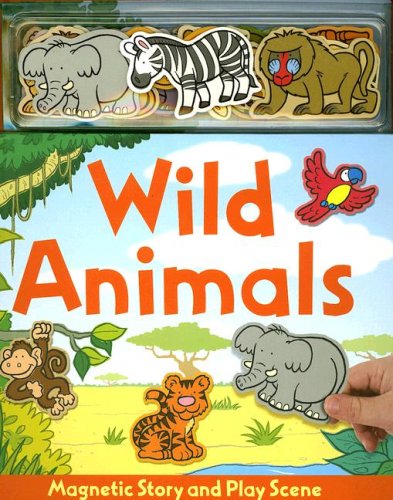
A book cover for Wild Animals Magnetic Story & Play Scene; Children's Books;